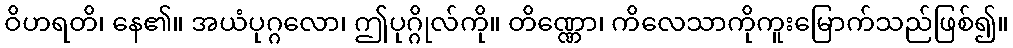
ဝိဟရတိ၊ နေ၏။ အယံပုဂ္ဂလော၊ ဤပုဂ္ဂိုလ်ကို။ တိဏ္ဏော၊ ကိလေသာကိုကူးမြောက်သည်ဖြစ်၍။